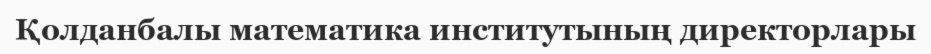
Қолданбалы математика институтының директорлары